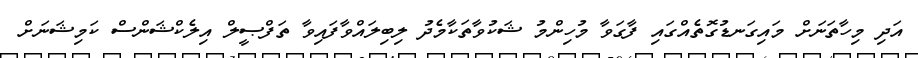
އަދި މިހާތަނަށް މައިގަނޑުގޮތެއްގައި ފާގަވާ މުހިންމު ޝަކުވާތަކާމެދު ލިބިލައްވާފައިވާ ތަފްޞީލް އިލެކްޝަންސް ކަމިޝަނަށް